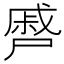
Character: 㞝